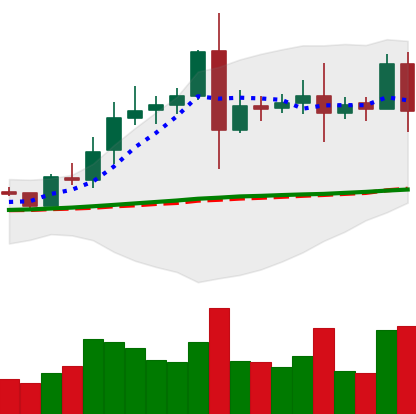
Ticker: EOS-USD
Chart end date: 2020-08-11
Forward return: 28.329%
Label: up_7plus